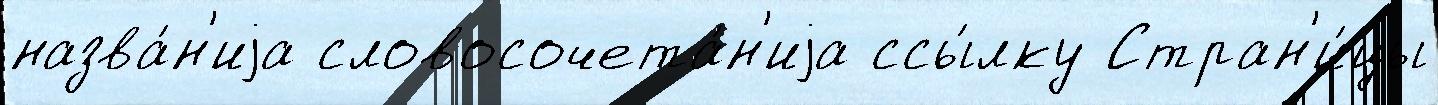
назва́н'иjа словосочета́н'иjа ссы́лку Стран'и́цы